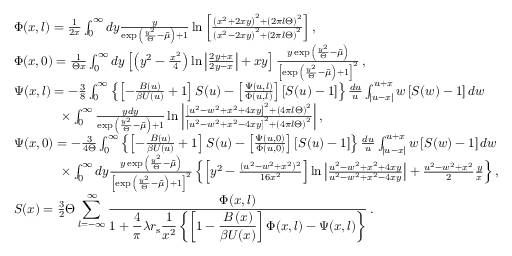
\begin{array} { r l } & { \Phi ( x , l ) = \frac { 1 } { 2 x } \int _ { 0 } ^ { \infty } d y \frac { y } { \exp { \left( \frac { y ^ { 2 } } { \Theta } - \bar { \mu } \right) } + 1 } \ln { \left[ \frac { \left( x ^ { 2 } + 2 x y \right) ^ { 2 } + \left( 2 \pi { l } { \Theta } \right) ^ { 2 } } { \left( x ^ { 2 } - 2 x y \right) ^ { 2 } + \left( 2 \pi { l } \Theta \right) ^ { 2 } } \right] } \, , } \\ & { \Phi ( x , 0 ) = \frac { 1 } { \Theta { x } } \int _ { 0 } ^ { \infty } d y \left[ \left( y ^ { 2 } - \frac { x ^ { 2 } } { 4 } \right) \ln { \left| \frac { 2 y + x } { 2 y - x } \right| } + x y \right] \frac { y \exp { \left( \frac { y ^ { 2 } } { \Theta } - \bar { \mu } \right) } } { \left[ \exp { \left( \frac { y ^ { 2 } } { \Theta } - \bar { \mu } \right) } + 1 \right] ^ { 2 } } \, , } \\ & { \Psi ( x , l ) = - \frac { 3 } { 8 } \int _ { 0 } ^ { \infty } \left\{ \left[ - \frac { B ( u ) } { \beta { U } ( u ) } + 1 \right] S ( u ) - \left[ \frac { \Psi ( u , l ) } { \Phi ( u , l ) } \right] \left[ S ( u ) - 1 \right] \right\} \frac { d u } { u } \int _ { | u - x | } ^ { u + x } w \left[ S ( w ) - 1 \right] d w } \\ & { \qquad \quad \, \, \, \, \times \int _ { 0 } ^ { \infty } \frac { y d y } { \exp { \left( \frac { y ^ { 2 } } { \Theta } - \bar { \mu } \right) } + 1 } \ln { \left| \frac { \left[ u ^ { 2 } - w ^ { 2 } + x ^ { 2 } + 4 x y \right] ^ { 2 } + \left( 4 \pi { l } \Theta \right) ^ { 2 } } { \left[ u ^ { 2 } - w ^ { 2 } + x ^ { 2 } - 4 x y \right] ^ { 2 } + \left( 4 \pi { l } \Theta \right) ^ { 2 } } \right| } \, , } \\ & { \Psi ( x , 0 ) = - \frac { 3 } { 4 \Theta } \int _ { 0 } ^ { \infty } \left\{ \left[ - \frac { B ( u ) } { \beta { U } ( u ) } + 1 \right] S ( u ) - \left[ \frac { \Psi ( u , 0 ) } { \Phi ( u , 0 ) } \right] \left[ S ( u ) - 1 \right] \right\} \frac { d u } { u } \int _ { | u - x | } ^ { u + x } w \left[ S ( w ) - 1 \right] d w } \\ & { \qquad \quad \, \, \, \, \times \int _ { 0 } ^ { \infty } d y \frac { y \exp { \left( \frac { y ^ { 2 } } { \Theta } - \bar { \mu } \right) } } { \left[ \exp { \left( \frac { y ^ { 2 } } { \Theta } - \bar { \mu } \right) } + 1 \right] ^ { 2 } } \left\{ \left[ y ^ { 2 } - \frac { ( u ^ { 2 } - w ^ { 2 } + x ^ { 2 } ) ^ { 2 } } { 1 6 x ^ { 2 } } \right] \ln { \left| \frac { u ^ { 2 } - w ^ { 2 } + x ^ { 2 } + 4 x y } { u ^ { 2 } - w ^ { 2 } + x ^ { 2 } - 4 x y } \right| } + \frac { u ^ { 2 } - w ^ { 2 } + x ^ { 2 } } { 2 } \frac { y } { x } \right\} , } \\ & { S ( x ) = \frac { 3 } { 2 } \Theta \displaystyle \sum _ { l = - \infty } ^ { \infty } \frac { \Phi ( x , l ) } { 1 + \displaystyle \frac { 4 } { \pi } \lambda { r } _ { \mathrm { s } } \frac { 1 } { x ^ { 2 } } \left\{ \left[ 1 - \displaystyle \frac { { B } \left( x \right) } { \beta { U } ( x ) } \right] \Phi ( x , l ) - \Psi ( x , l ) \right\} } \, . \qquad \qquad \qquad \qquad \qquad \qquad \qquad \qquad \quad \, \, \, } \end{array}